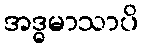
အဒ္ဓမာသာပိ